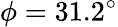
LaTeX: \phi=31.2^{\circ}